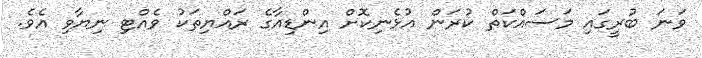
ވަނަ ބުރީގައި މަސައްކަތް ކުރަން އުޅެނިކޮށް އިންޑިއާގެ ރައްޔިތަކު ވެއްޓި ނިޔާވި އެވެ.